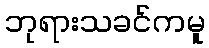
ဘုရားသခင်ကမူ